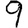
Digit: 9